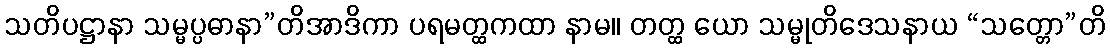
သတိပဋ္ဌာနာ သမ္မပ္ပဓာနာ”တိအာဒိကာ ပရမတ္ထကထာ နာမ။ တတ္ထ ယော သမ္မုတိဒေသနာယ “သတ္တော”တိ